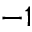
^ { - 1 }